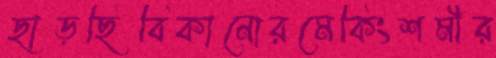
ছাড়ছিবিকানোরমেকিংশমীর